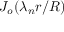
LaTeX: J _ { o } ( \lambda _ { n } r / R )